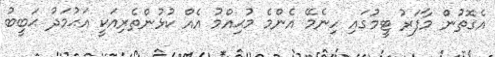
އެގޮތުން މާފަރު ޓީމުގައި ހިނެމޭ އެންމެ މުޙިއްމު އެއް ކުޅުންތެރިއަކީ އަޙުމަދު ޙަބީބު